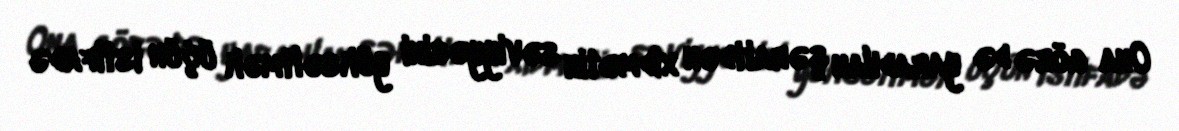
Ona görə də yaradılan şəraitdən xidmətin səviyyəsini yüksəltmək üçün istifadə